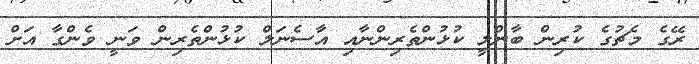
ރޭގެ މެޗުގެ ކުރިން ބާންލީ ކުޅުންތެރިންނާއި އާސެނަލް ކުޅުންތެރިން ވަނީ ވެންގާ އަށް